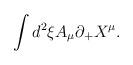
LaTeX: \begin{align*}\int d^{2} \xi A_{\mu} \partial _{+} X^{\mu} . \end{align*}